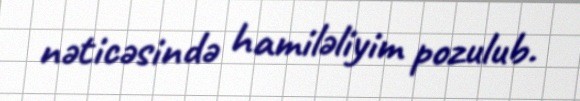
nəticəsində hamiləliyim pozulub.